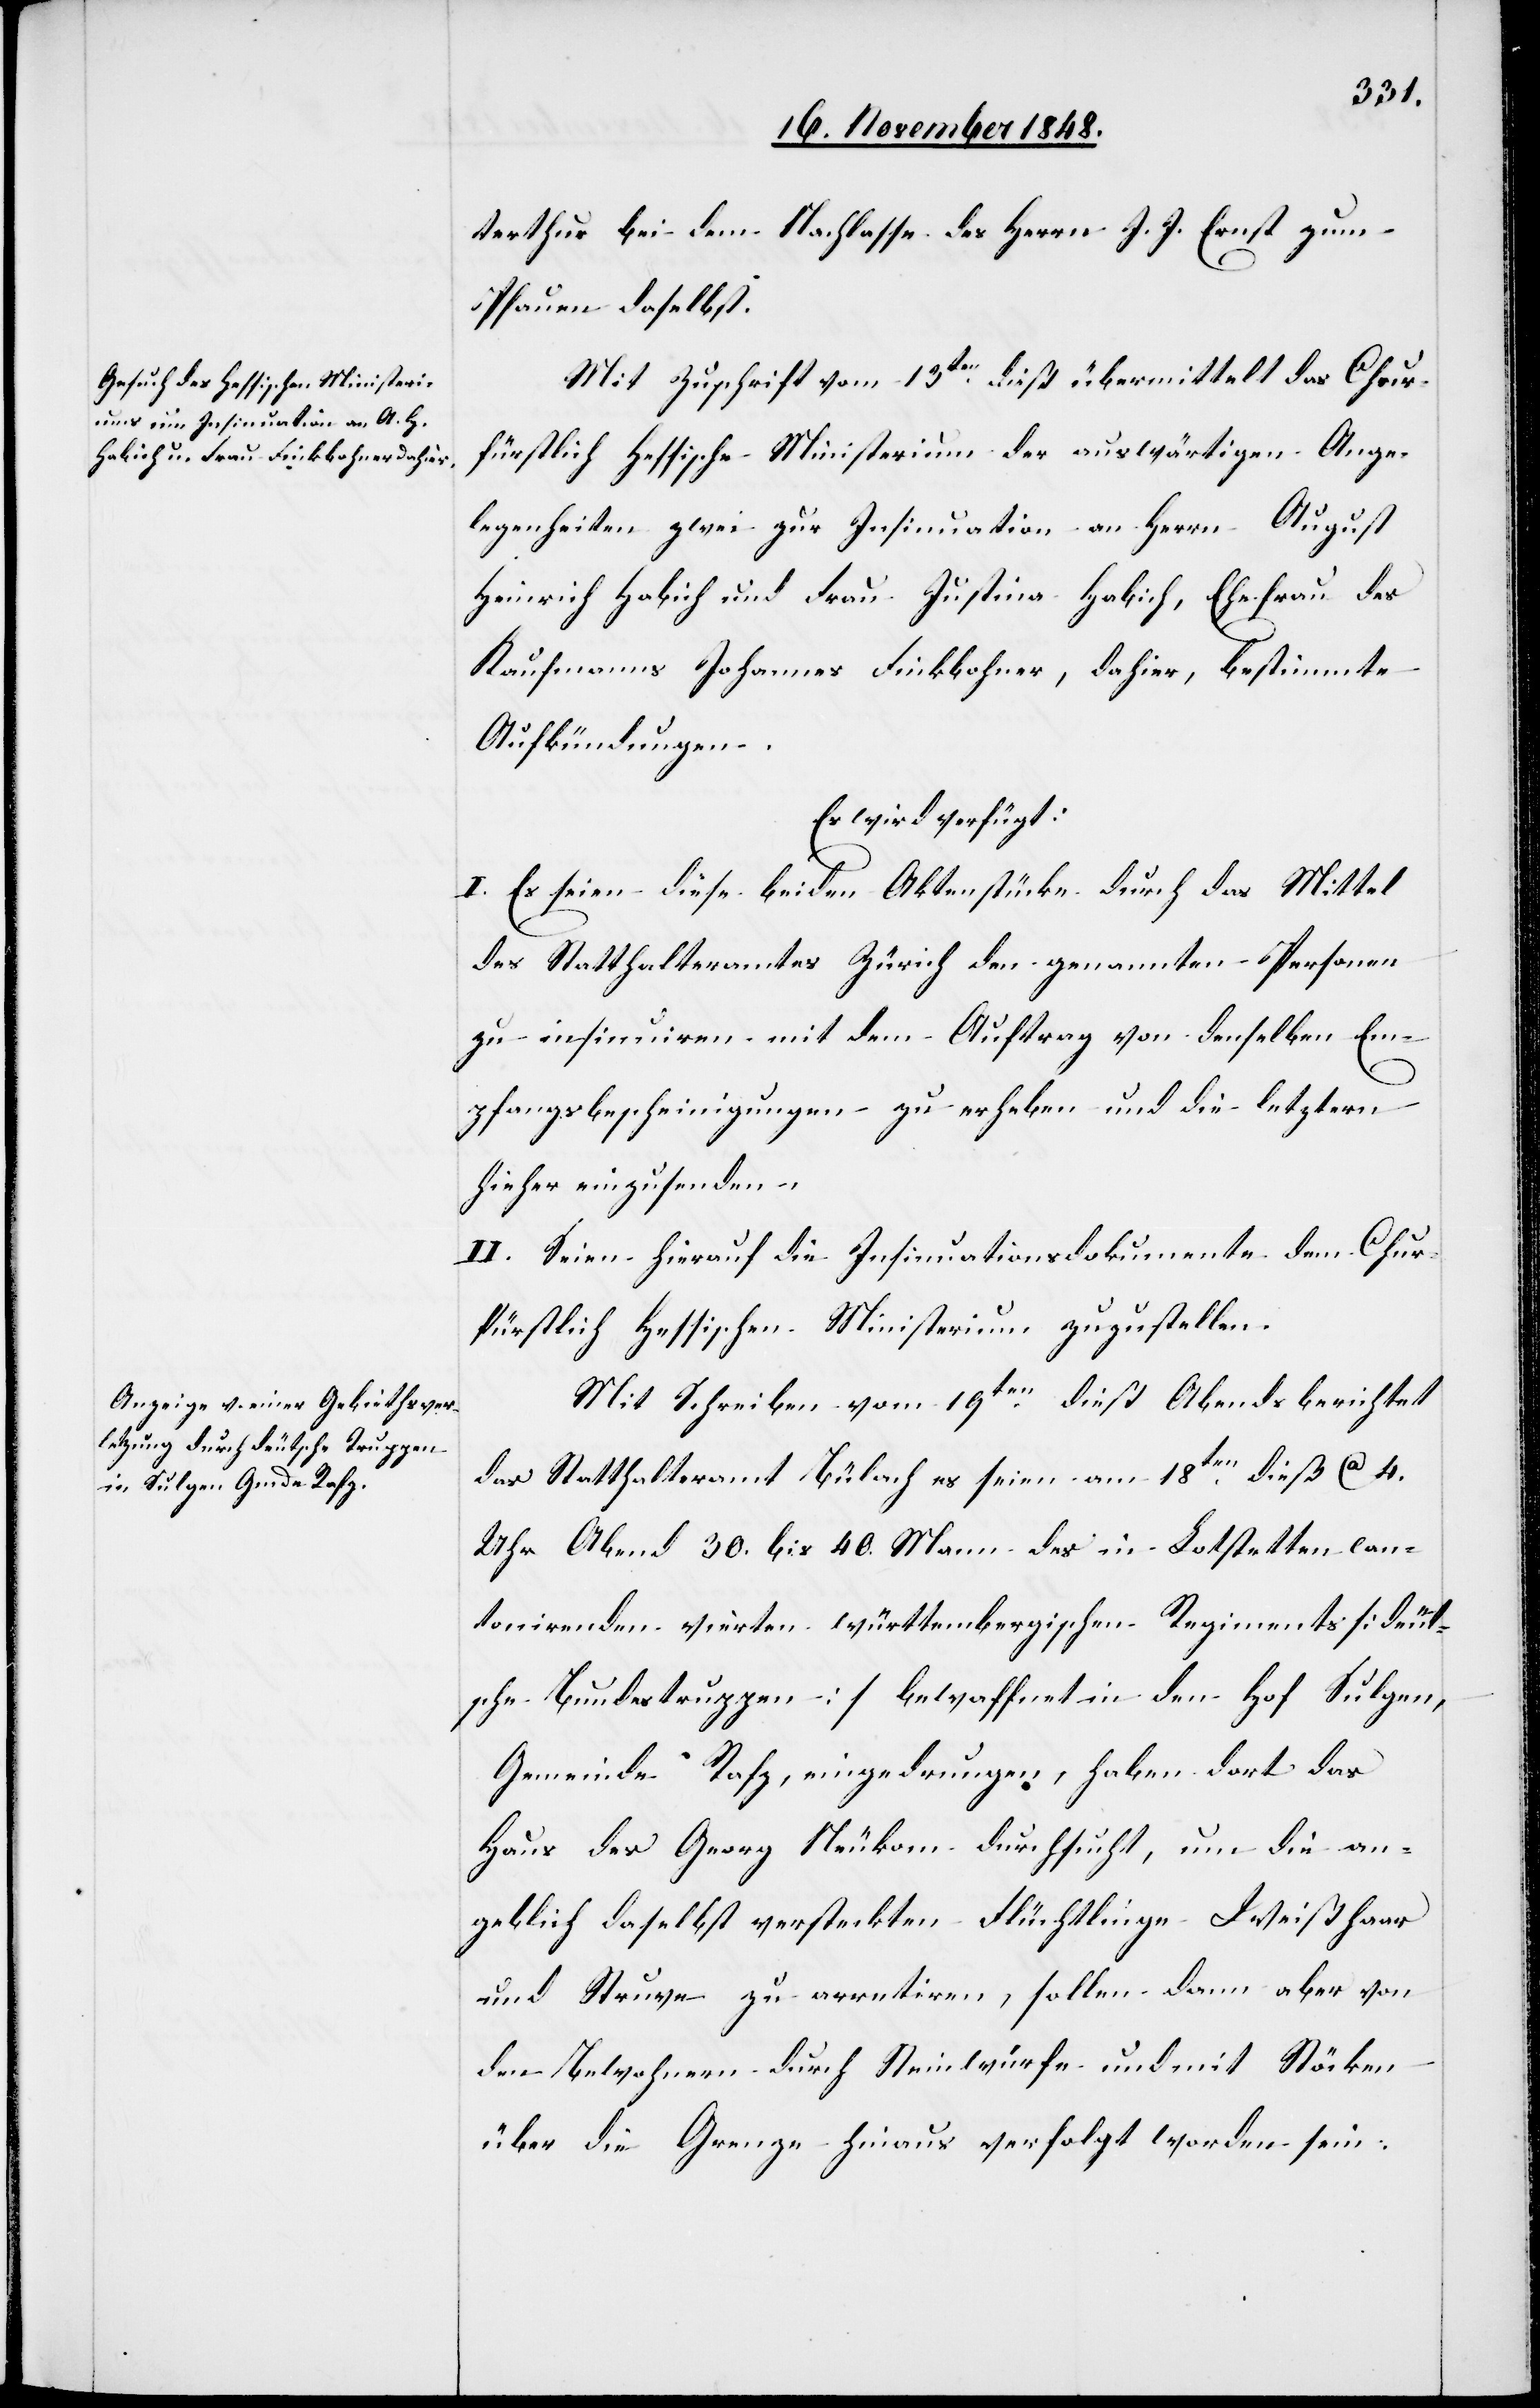
20. November 1848.]
terthur bei dem Nachlasse des Herrn J. J. Ernst zum
Pfauen daselbst.
Mit Zuschrift vom 13ten dieß übermittelt das Chur¬
fürstlich Hessische Ministerium der auswärtigen Ange¬
legenheiten zwei zur Insinuation an Herrn August
Heinrich Habich und Frau Justina Habich, Ehefrau des
Kaufmanns Johannes Finkbohner, dahier, bestimmte
Aufkündigungen.
Es wird verfügt:
I. Es seien diese beiden Aktenstücke durch das Mittel
des Statthalteramtes Zürich den genannten Personen
zu insinuiren mit dem Auftrag von denselben Em¬
pfangsbescheinigungen zu erheben und die letztern
hieher einzusenden.
II. Seien hierauf die Insinuationsdokumente dem Chur¬
fürstlich Hessischen Ministerium zuzustellen.
Mit Schreiben vom 19ten dieß Abends berichtet
das Statthalteramt Bülach es seien am 18ten dieß ca. 4.
Uhr 30. bis 40. Mann des in Lotstetten can¬
tonirenden vierten württembergischen Regiments [deut¬
sche Bundestruppen] bewaffnet in den Hofe Sulgen,
Gemeinde Rafz, eingedrungen, haben dort das
Haus des Georg Neukom durchsucht, um die an¬
geblich daselbst versteckten Flüchtlinge Weißhaar
und Struve zu arretiren, sollen dann aber von
den Bewohnern durch Steinwürfe und mit Stöcken
über die Grenze hinaus verfolgt worden sein.